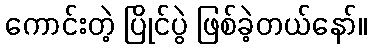
ကောင်းတဲ့ ပြိုင်ပွဲ ဖြစ်ခဲ့တယ်နော်။